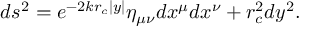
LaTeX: d s ^ { 2 } = e ^ { - 2 k r _ { c } | y | } \eta _ { \mu \nu } d x ^ { \mu } d x ^ { \nu } + r _ { c } ^ { 2 } d y ^ { 2 } .